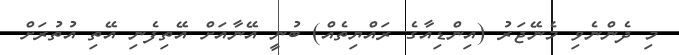
މި ދެންނެވި މެނޭޖަރު (އިންޑިއާގެ ރައްޔިތެއް) ބުނީ އޭނާއަށް އޭތިފެނި އޭތި އުތުރަށް